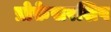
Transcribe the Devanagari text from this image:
प्रोफ़ेसरशिप